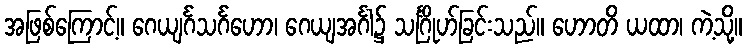
အဖြစ်ကြောင့်။ ဂေယျင်္ဂသင်္ဂဟော၊ ဂေယျအင်္ဂါ၌ သင်္ဂြိုဟ်ခြင်းသည်။ ဟောတိ ယထာ၊ ကဲ့သို့။